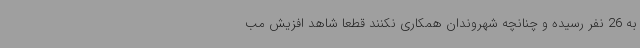
به 26 نفر رسیده و چنانچه شهروندان همکاری نکنند قطعا شاهد افزیش مب